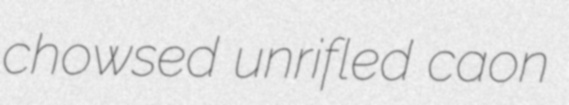
chowsed unrifled caon